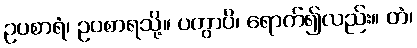
ဥပစာရံ၊ ဥပစာရသို့။ ပတွာပိ၊ ရောက်၍လည်း။ တံ၊